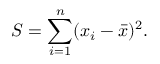
S = \sum _ { i = 1 } ^ { n } ( x _ { i } - { \bar { x } } ) ^ { 2 } .